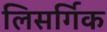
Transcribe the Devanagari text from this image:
लिसर्गिक